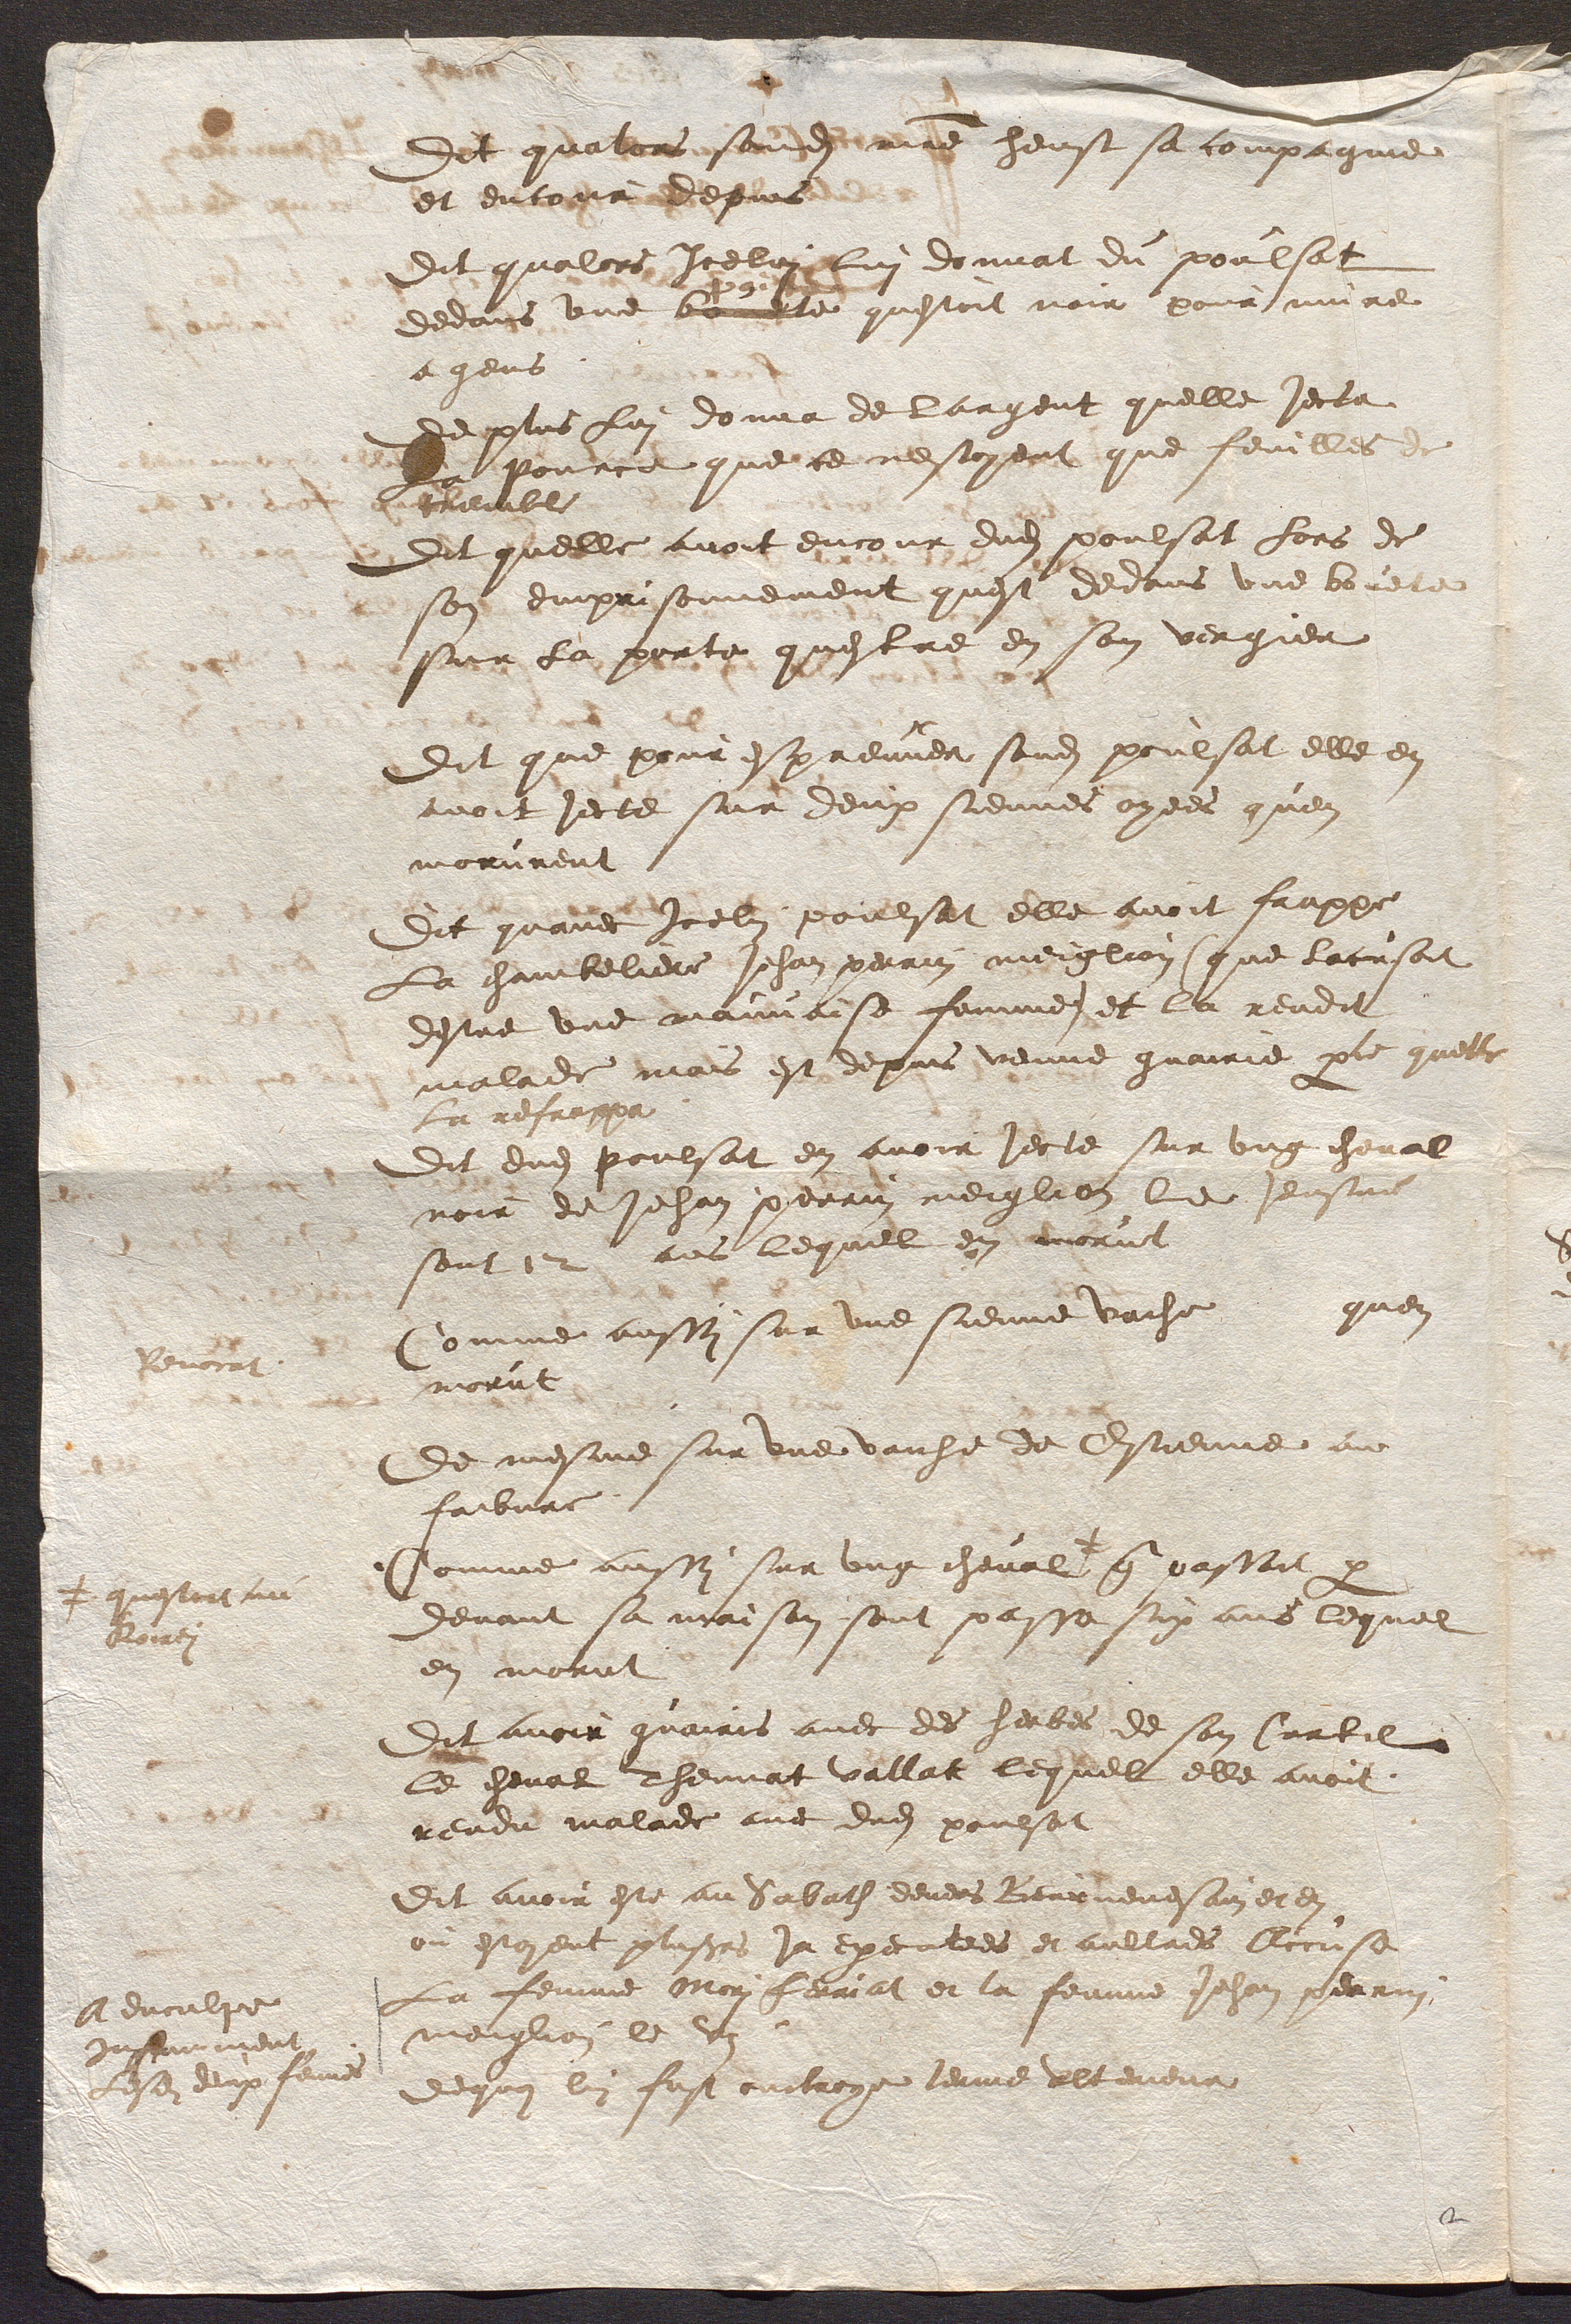
feuciat
 questoit ne
Rourti
Aenculge
instamment.
Lesdits deux femme

dit quators sonddi maitre heust sa compagnie
et entogia depuns
Dit qualors Icelui Lui donnat du poulsat
dedans une bautte questoit noir pour nuire
a gens
de plus Lui donna de largent quelle jecta
le Pource que ce nestoyent que feuilles de
Gtrembl
Dit quelle avoit encour dudit poulsat fors de
son emprisonnement quest dedans une bouete
sur la porte questre en son vergier
Dit que pour espreuver sondit poulsat elle en
avoit jecte sur deux siennes ayees quen
morurent.
Dit quavec Icelui poulsat elle avoit frappe
La chambeliere Jehan perrin meiglion que lacusoit
destre une mauvaise femme et la rendit
malade mais est depuis venue guairie parce quelle
La refrappa
Dit dudit poulsat en avoir jecté sur ung cheval
noir de Jehan perrin meiglies le jeusme
sonte2 ans lequel en avorut
omme aussi sur une sienne vache quen,
morut
De mesme sur une vaiche de Estienne au
faibure
homme aussi sur ung cheval que passoit par
devant sa maison sont passe six ans lequel
en morut
Dit avoir guairis avec des herbes de son Curtil
le cheval Thevnat vallat lequel elle avoit
rendu malade avec dudit poulsat
Dit avoir este au Sabath devers Beurnevesain et en
ou estoient plusieurs ja executees et aultres lccuse
La femme Mori Ferriat et la femme Jehan perrin
mengion le di
dechui lui fust oucbroye terme ulteneur